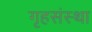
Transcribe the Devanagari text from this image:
गृहसंस्था